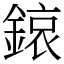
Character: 鎄